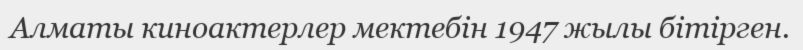
Алматы киноактерлер мектебін 1947 жылы бітірген.